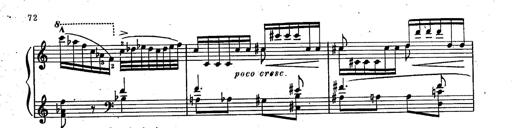
Title: RÃ©miniscences des Huguenots
Composer: Franz Liszt